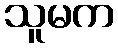
သူမက